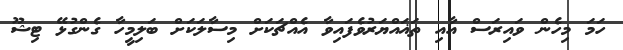
ހަމަ މިހެން ވައިރަސް އާއި ތަޣައްޔަރުވެފައިވާ އެއްޗަކަށް މިސާލަކަށް ބަލިމީހާ ގެންގުޅޭ ޓިޝޫ